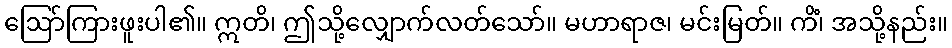
ဩော်ကြားဖူးပါ၏။ ဣတိ၊ ဤသို့လျှောက်လတ်သော်။ မဟာရာဇ၊ မင်းမြတ်။ ကိံ၊ အသို့နည်း။